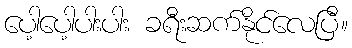
ပေါ့ပေါ့ပါးပါး ခရီးဆက်နိုင်လေပြီ။